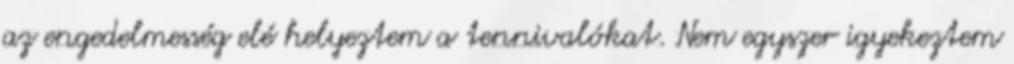
az engedelmesség elé helyeztem a tennivalókat. Nem egyszer igyekeztem